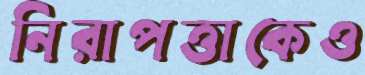
নিরাপত্তাকেও